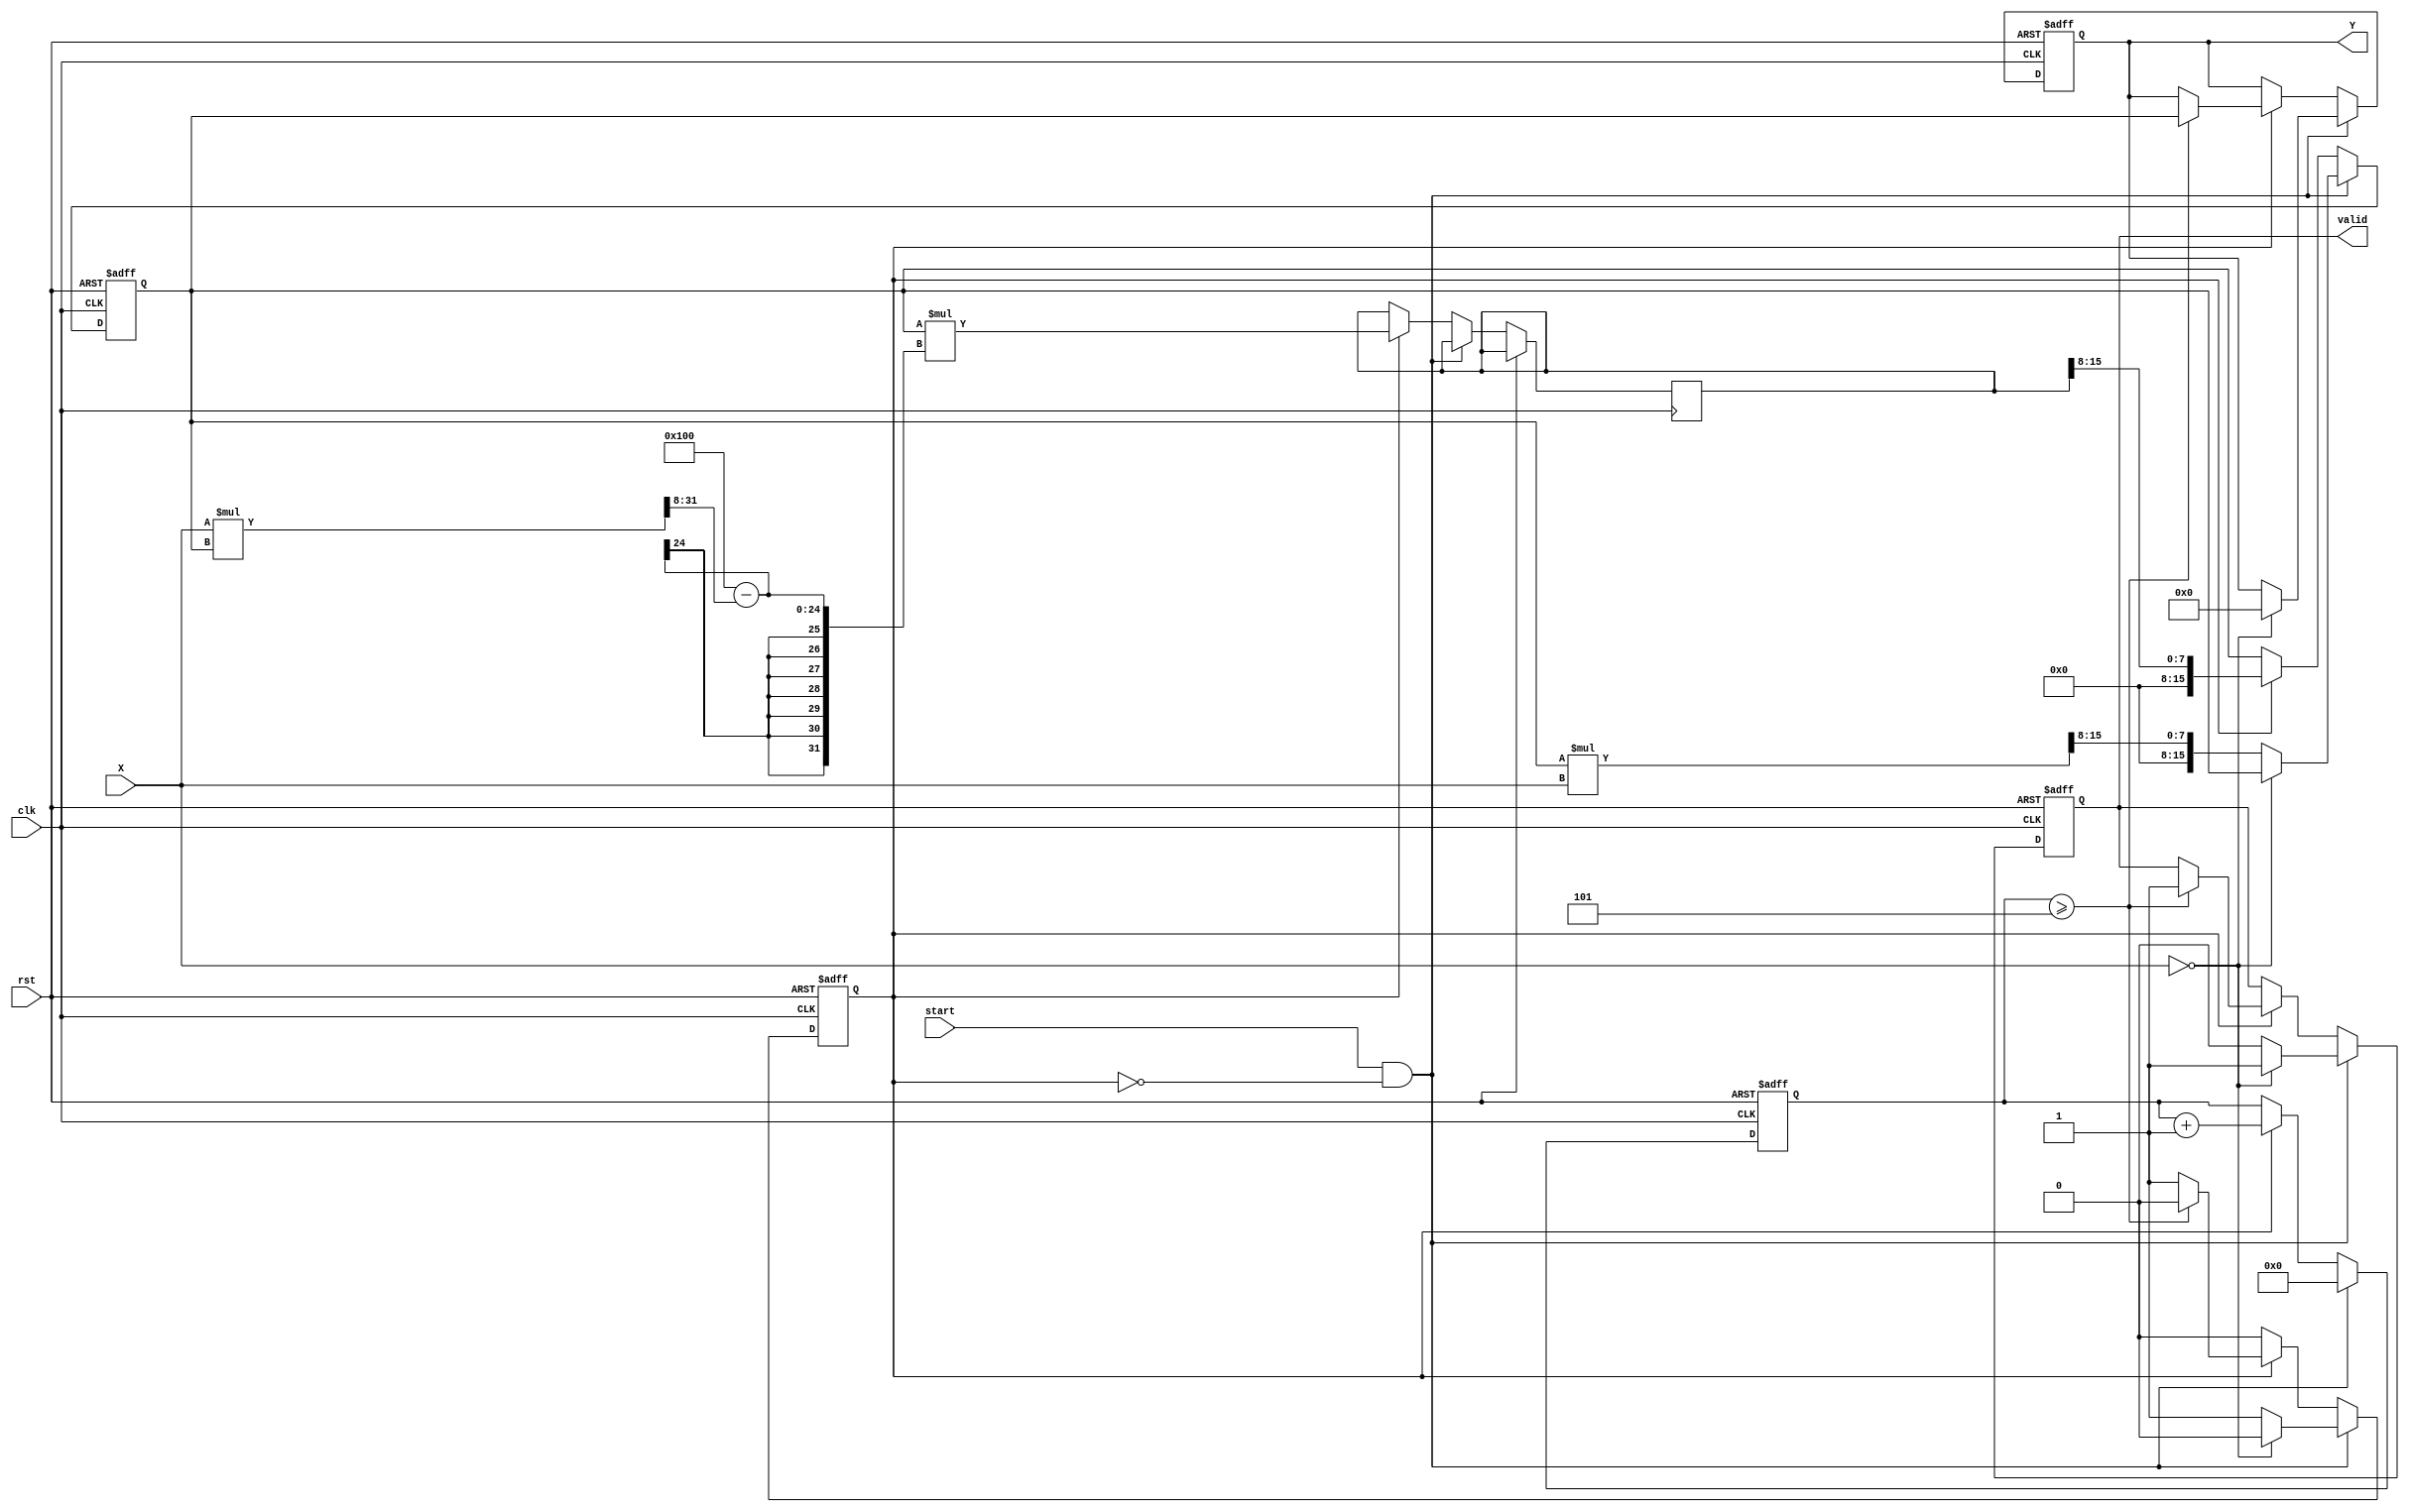
module fixed_point_reciprocal #(
    parameter N = 16, // Total number of bits
    parameter M = 8,  // Number of integer bits
    parameter F = 8   // Number of fractional bits
)(
    input wire clk,
    input wire rst,
    input wire [N-1:0] X, // Input fixed-point number
    input wire start,      // Start signal for computation
    output reg [N-1:0] Y,  // Output fixed-point reciprocal
    output reg valid       // Output valid signal
);

    // Internal parameters
    localparam MAX_ITER = 5; // Maximum number of iterations for convergence
    localparam ZERO = {1'b0, {N-1{1'b0}}}; // Zero value

    // Internal registers
    reg [N-1:0] guess; // Current guess for the reciprocal
    reg [N-1:0] temp;  // Temporary variable for calculations
    reg [3:0] iter;    // Iteration counter
    reg computing;      // Flag to indicate ongoing computation

    // State machine for computing the reciprocal
    always @(posedge clk or posedge rst) begin
        if (rst) begin
            Y <= ZERO;
            valid <= 1'b0;
            guess <= ZERO;
            iter <= 0;
            computing <= 1'b0;
        end else if (start && !computing) begin
            // Initialize for computation
            computing <= 1'b1;
            iter <= 0;
            // Handle zero input case
            if (X == ZERO) begin
                Y <= ZERO; // Define output for zero input
                valid <= 1'b1;
                computing <= 1'b0;
            end else begin
                // Initial guess: 1/X (scaled appropriately)
                guess <= {1'b1, {N-1{1'b0}}} << (F-1); // Initial guess of 1.0
                // Adjust guess based on input
                guess <= (guess * {X[N-1], X[N-2:0]}) >> F; // Scale guess
                valid <= 1'b0; // Output not valid until computation is done
            end
        end else if (computing) begin
            // Newton-Raphson iteration: guess = guess * (2 - X * guess)
            temp <= guess * (2**F - (X * guess >> F));
            guess <= temp >> F; // Update guess

            iter <= iter + 1;
            if (iter >= MAX_ITER) begin
                Y <= guess; // Final output
                valid <= 1'b1; // Output is valid
                computing <= 1'b0; // End computation
            end
        end
    end

endmodule